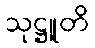
သုဋ္ဌူတိ